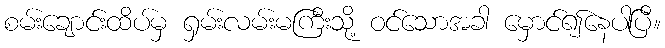
စမ်းချောင်းထိပ်မှ ရှမ်းလမ်းမကြီးသို့ ဝင်သောအခါ မှောင်၍နေပါပြီ။